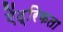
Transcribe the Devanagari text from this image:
ऐंद्रिकता